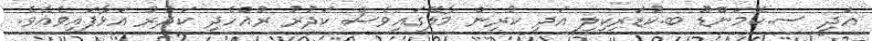
އަދި ސ.ކޮމަންޑޫ ބ.ކުޑަރިކިލި އަދި ކުރިން މާލޭގައިވެސް ކަދުރު ރުއްހެދި ކަދުރު އަޅާފައިވެއެވެ.